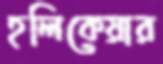
হলিকেয়ার